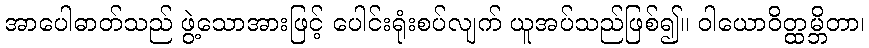
အာပေါဓာတ်သည် ဖွဲ့သောအားဖြင့် ပေါင်းရုံးစပ်လျက် ယူအပ်သည်ဖြစ်၍။ ဝါယောဝိတ္ထမ္ဘိတာ၊